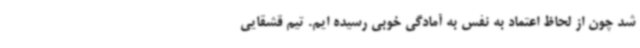
شد چون از لحاظ اعتماد به نفس به آمادگی خوبی رسیده ایم. تیم قشقایی